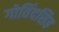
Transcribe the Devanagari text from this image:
गोविंदसिह